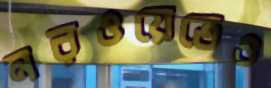
নরওয়েতেও